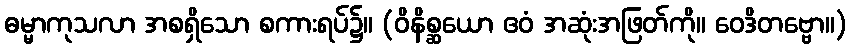
ဓမ္မာကုသလာ အစရှိသော စကားရပ်၌။ (ဝိနိစ္ဆယော ဧဝံ အဆုံးအဖြတ်ကို။ ဝေဒိတဗ္ဗော။)